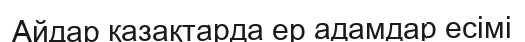
Айдар қазақтарда ер адамдар есімі